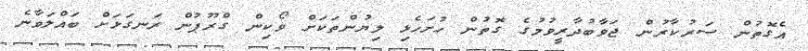
އެގޮތުން ސަރުކާރުން ޖަވާބުދާރީވުމުގެ ގޮތުން ހުށަހެޅި ލިޔުންތަކަށް ވޯކިން ގްރޫޕުން ރަނގަޅަށް ބައްލަވާނެ